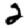
Digit: 2